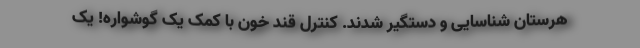
هرستان شناسایی و دستگیر شدند. کنترل قند خون با کمک یک گوشواره! یک